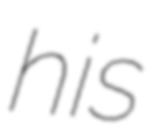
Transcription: his